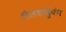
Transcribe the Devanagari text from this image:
शैलधाकुरंग